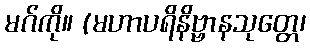
မဂ်ကို။ (မဟာပရိနိဗ္ဗာနသုတ္တေ၊